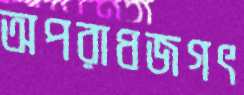
অপরাধজগৎ